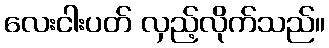
လေးငါးပတ် လှည့်လိုက်သည်။